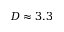
D \approx 3 . 3